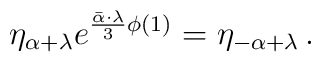
\eta_{\alpha+\lambda}e^{{\bar\alpha\cdot\lambda\over 3}\phi(1)}=\eta_{-\alpha+\lambda}\,.